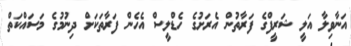
އަނާވިލާ އަލީ ޝަރީފްގެ ފަރާތުން އެރަށުގެ ހެޑްލީސް އެހެން ފަރާތަކަށް ދިނުމުގެ މަސައްކަތް